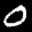
Label: 0